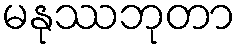
မနုဿဘုတာ